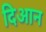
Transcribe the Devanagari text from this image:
दिआन